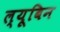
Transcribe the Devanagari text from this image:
ल्यूबिन